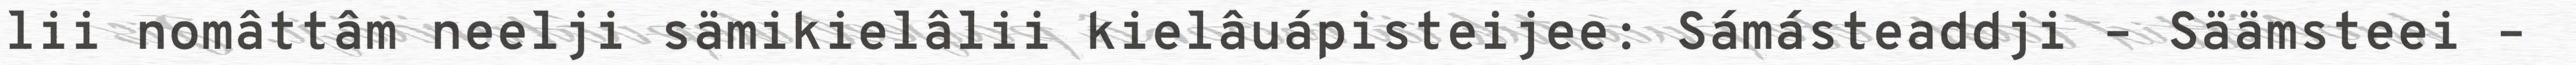
lii nomâttâm neelji sämikielâlii kielâuápisteijee: Sámásteaddji – Säämsteei –